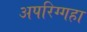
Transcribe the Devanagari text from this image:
अपरिग्गहा